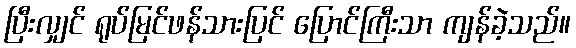
ပြီးလျှင် ရုပ်မြင်ဖန်သားပြင် ပြောင်ကြီးသာ ကျန်ခဲ့သည်။